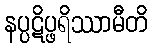
နပ္ပဋိပ္ဖရိဿာမီတိ